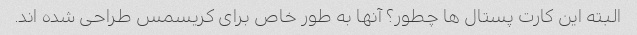
البته این کارت پستال ها چطور؟ آنها به طور خاص برای کریسمس طراحی شده اند.